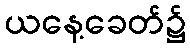
ယနေ့ခေတ်၌